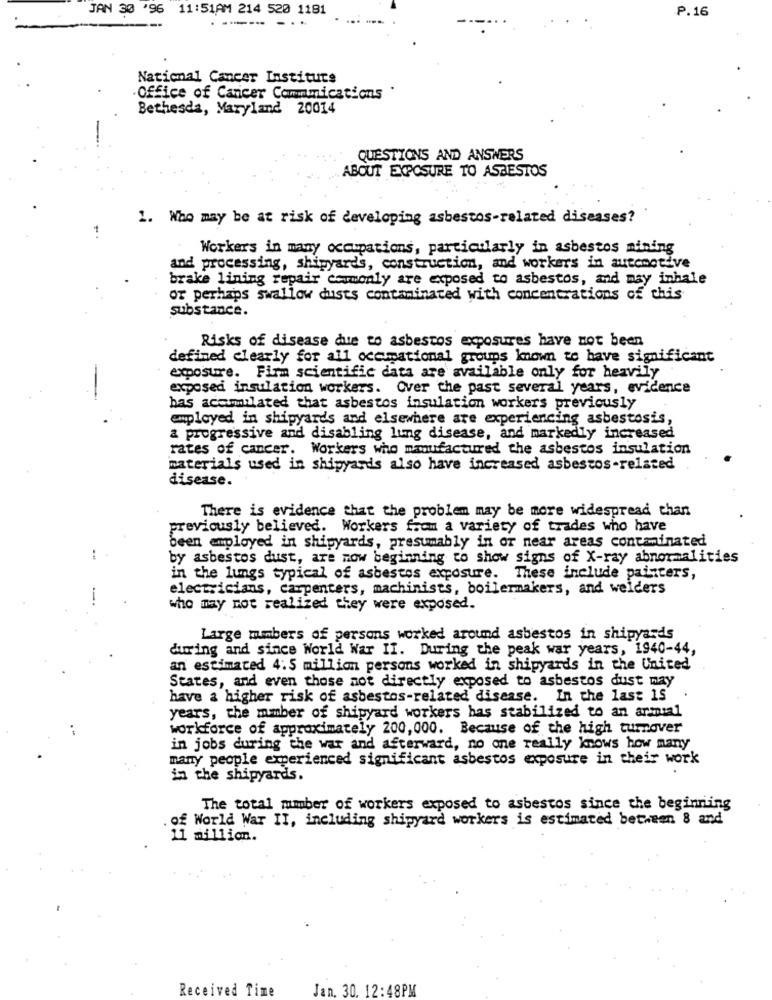
JAN 30 '96 11:51AM 214 520 1181
.P.16
National Cancer Institute
Office of Cancer Cammmications
Bethesda, Maryland 20014
QUESTIONS AND ANSWERS
ABOUT EXPOSURE TO ASBESTOS
1. Who may be at risk of developing asbestos-related diseases?
Workers in many occupations, particularly in asbestos mining
and processing, shipyards, construction, and workers in autemotive
brake lining repair commonly are exposed to asbestos, and may inhale
or perhaps swallow dusts contaminated with concentrations of this
substance.
Risks of disease due to asbestos exposures have not been
defined clearly for all occmational groups known to have significant
-
exposure. Firm scientific data are available only for heavily
exposed insulation workers. Over the past several years, evidence
bas acamilated that asbestos insulation workers previously
employed in shipyards and elsewhere are experiencing asbestosis,
a progressive and disabling lung disease, and markedly increased
rates of cancer. Workers who manufactured the asbestos insulation
materials used in shipyards also have increased asbestos-related
disease.
There is evidence that the problem may be more widespread chan
previously believed. Workers from a variety of trades who have
been employed in shipyards, presumably in or near areas contaminated
by asbestos dust, are mow beginning to show signs of X-ray abnormalities
in the lungs typical of asbestos exposure. These include painters,
electricians, carpenters, machinists, boilermakers, and welders
who may not realized they were exposed.
Large mumbers of persons worked around asbestos in shipyards
during and since World War II. During the peak war years, 1940-44,
an estimated 4:5 million persons worked in shipyards in the United
States, and even those not directly exposed to asbestos dust may
have a higher risk of asbestos-related disease. In the last 15
years, the mmber of shipyard workers has stabilized to an armmial
workforce of approximately 200,000. Because of the high turnover
in jobs during the war and afterward, no one really knows how many
many people experienced significant asbestos exposure in their work
in the shipyards.
The total mmber of workers exposed to asbestos since the beginning
of World War II, including shipyard workers is estimated between 8 and
11 million.
Received Time
Jan. 30. 12:48PM